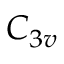
C _ { 3 v }